Annual vaccination report of Bihar and Orissa - 1911-1928
Year: 1911
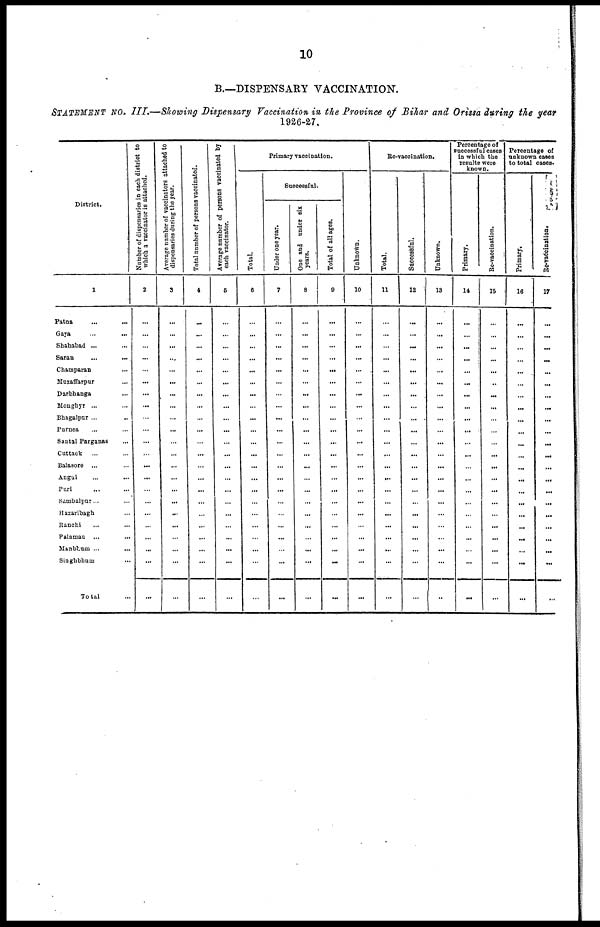
10
B.—DISPENSARY VACCINATION.
STATEMENT No. III.—Showing Dispensary Vaccination in the Province of Bihar and Orissa during the year
1926-27.
District.
1
Patna ... ...
Gaya
...
...
Shahabad ... ...
Saran
...
...
Champaran ...
Muzaffarpur ...
Darbhanga ...
Monghyr ... ...
Bhagalpur ... ...
Purnea ... ...
Santal Parganas ...
Cuttack ... ...
Balasore ... ...
Angul ... ...
Puri ... ...
Sambalpur... ...
Hazaribagh ...
Ranchi ... ...
Palaman ...
...
Manbhum ... ...
Singhbhum ...
Total ...
Number of dispensaries in each district to
which a vaccinator is attached.
2
...
...
...
...
...
...
...
...
...
...
...
...
...
...
...
...
...
...
...
...
...
...
Average number of vaccinators attached to
dispensaries during the year.
3
...
...
...
...
...
...
...
...
...
...
...
...
...
...
...
...
...
...
...
...
...
...
Total number of persons vaccinated.
4
...
...
...
...
...
...
...
...
...
...
...
...
...
...
...
...
...
...
...
...
...
...
Average number of persons vaccinated by
each vaccinator.
5
...
...
...
...
...
...
...
...
...
...
...
...
...
...
...
...
...
...
...
...
...
...
Primary vaccination.
Total.
6
...
...
...
...
...
...
...
...
...
...
...
...
...
...
...
...
...
...
...
...
...
...
Successful.
Under one year.
7
...
...
...
...
...
...
...
...
...
...
...
...
...
...
...
...
...
...
...
...
...
...
One and under six
years.
8
...
...
...
...
...
...
...
...
...
...
...
...
...
...
...
...
...
...
...
...
...
...
Total of all ages.
9
...
...
...
...
...
...
...
...
...
...
...
...
...
...
...
...
...
...
...
...
...
...
Unknown.
10
...
...
...
...
...
...
...
...
...
...
...
...
...
...
...
...
...
...
...
...
...
...
Re-vaccination.
Total.
11
...
...
...
...
...
...
...
...
...
...
...
...
...
...
...
...
...
...
...
...
...
...
Successful.
12
...
...
...
...
...
...
...
...
...
...
...
...
...
...
...
...
...
...
...
...
...
...
Unknown.
13
...
...
...
...
...
...
...
...
...
...
...
...
...
...
...
...
...
...
...
...
...
...
Percentage of
successful cases
in which the
results were
known.
Primary.
14
...
...
...
...
...
...
...
...
...
...
...
...
...
...
...
...
...
...
...
...
...
...
Re-vaccination.
15
...
...
...
...
...
...
...
...
...
...
...
...
...
...
...
...
...
...
...
...
...
...
Percentage of
unknown cases
to total cases.
Primary.
16
...
...
...
...
...
...
...
...
...
...
...
...
...
...
...
...
...
...
...
...
...
...
Re-vaccination.
17
...
...
...
...
...
...
...
...
...
...
...
...
...
...
...
...
...
...
...
...
...
...